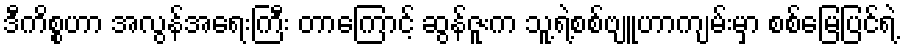
ဒီကိစ္စဟာ အလွန်အရေးကြီး တာကြောင့် ဆွန်ဇူးက သူ့ရဲ့စစ်ဗျူဟာကျမ်းမှာ စစ်မြေပြင်ရဲ့